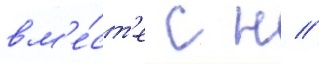
вм'е́ст'е с н //